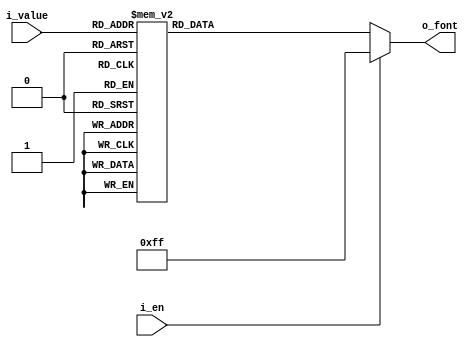
`timescale 1ns / 1ps

module BCDtoFND_Decoder(
    input [3:0] i_value,
    input i_en,
    output [7:0] o_font     // f0~f7 
    );

    reg [7:0] r_font;       //   reg .
    assign o_font = r_font;

    always @(i_value or i_en) begin     // () 
        if (i_en) begin                 // enable 1
            r_font = 8'hff;             // 8-bit  hexa ~
        end
        else begin                      // enable 1 
            r_font = 8'hff;             //   case          Latch  -> HW 
                                        // Vivado   schematic   latch    .
            case (i_value)              //   i_value 
                4'h0 : r_font = 8'hc0;
                4'h1 : r_font = 8'hf9;
                4'h2 : r_font = 8'ha4;
                4'h3 : r_font = 8'hb0;
                4'h4 : r_font = 8'h99;
                4'h5 : r_font = 8'h92;
                4'h6 : r_font = 8'h82;
                4'h7 : r_font = 8'hf8;
                4'h8 : r_font = 8'h80;
                4'h9 : r_font = 8'h90;
                4'ha : r_font = 8'h7f;
                // default : r_font = 8'hff;   .
            endcase
        end
    end
endmodule